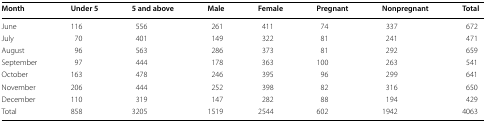
<table><thead><tr><td><b>Month</b></td><td><b>Under 5</b></td><td><b>5 and above</b></td><td><b>Male</b></td><td><b>Female</b></td><td><b>Pregnant</b></td><td><b>Nonpregnant</b></td><td><b>Total</b></td></tr></thead><tbody><tr><td>June</td><td>116</td><td>556</td><td>261</td><td>411</td><td>74</td><td>337</td><td>672</td></tr><tr><td>July</td><td>70</td><td>401</td><td>149</td><td>322</td><td>81</td><td>241</td><td>471</td></tr><tr><td>August</td><td>96</td><td>563</td><td>286</td><td>373</td><td>81</td><td>292</td><td>659</td></tr><tr><td>September</td><td>97</td><td>444</td><td>178</td><td>363</td><td>100</td><td>263</td><td>541</td></tr><tr><td>October</td><td>163</td><td>478</td><td>246</td><td>395</td><td>96</td><td>299</td><td>641</td></tr><tr><td>November</td><td>206</td><td>444</td><td>252</td><td>398</td><td>82</td><td>316</td><td>650</td></tr><tr><td>December</td><td>110</td><td>319</td><td>147</td><td>282</td><td>88</td><td>194</td><td>429</td></tr><tr><td>Total</td><td>858</td><td>3205</td><td>1519</td><td>2544</td><td>602</td><td>1942</td><td>4063</td></tr></tbody></table>